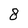
Character: 8